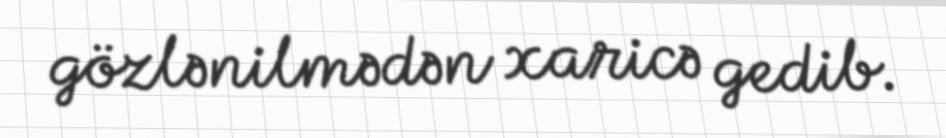
gözlənilmədən xaricə gedib.